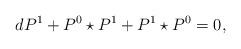
LaTeX: \begin{align*}dP^{1}+P^{0}\star P^{1}+P^{1}\star P^{0}=0,\end{align*}